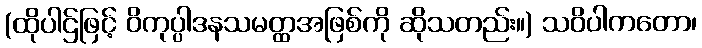
(ထိုပါဌ်ဖြင့် ဝိကုပ္ပါဒနသမတ္ထအဖြစ်ကို ဆိုသတည်း။) သဝိပါကတော၊